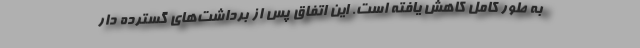
به طور کامل کاهش یافته است. این اتفاق پس از برداشت‌های گسترده دار